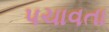
પચાવતા